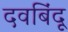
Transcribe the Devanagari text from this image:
दवबिंदू